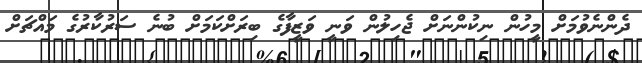
ދެންނެވުމަށް މީހުން ނިކުންނަށް ޖެހިލުން ވަނީ ވަޒީފާގެ ބިރަށްކަމަށް ބުނެ ސަރުކާރުގެ މައްޗަށް